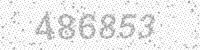
Solution: 486853